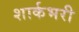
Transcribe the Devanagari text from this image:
शार्कभरी